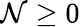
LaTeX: \mathcal{N}\geq0